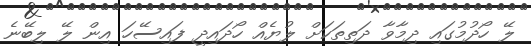
ލޭ ހޯދުމުގައި ދިމާވާ ދަތިތަކަށް ލުޔެއް ހޯދައިދީ ފައިސޭހަ އިން ލޭ ލިބޭނެ